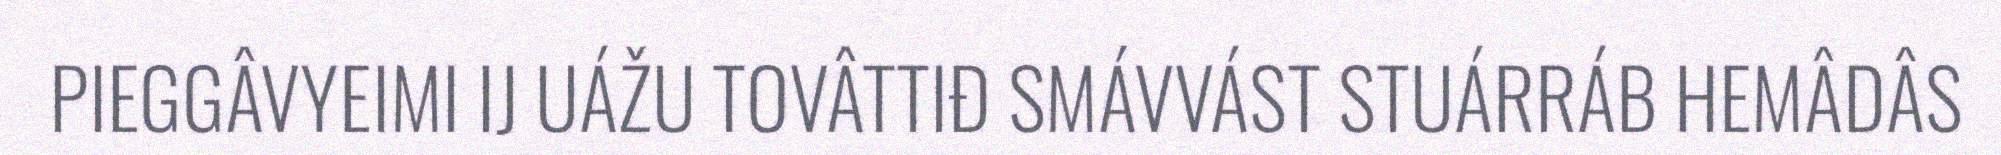
PIEGGÂVYEIMI IJ UÁŽU TOVÂTTIĐ SMÁVVÁST STUÁRRÁB HEMÂDÂS